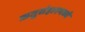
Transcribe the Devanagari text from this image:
ऋतुसंहारमध्ये